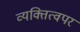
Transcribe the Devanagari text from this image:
व्यक्तित्वपर